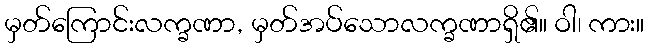
မှတ်ကြောင်းလက္ခဏာ, မှတ်အပ်သောလက္ခဏာရှိ၏။ ဝါ၊ ကား။